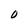
Character: O